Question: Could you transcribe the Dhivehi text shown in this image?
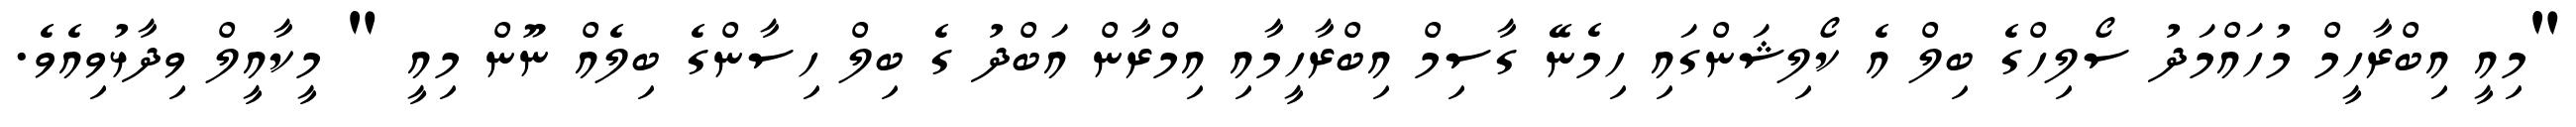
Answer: "މިއީ އިބްރާހީމް މުހައްމަދު ސޯލިހްގެ ބިލް އެ ކޯލިޝަންގައި ހިމެނޭ ގާސިމް އިބްރާހީމާއި އިމްރާން އަބްދު ގެ ބިލް ހިސާންގެ ބިލެއް ނޫން މިއީ " މީކާއީލް ވިދާޅުވިއެވެ.